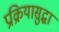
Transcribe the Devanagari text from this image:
प्रक्रियासुद्धा